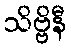
သိဗ္ဗိနီ